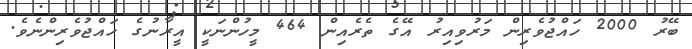
ބޭރު 2000 ހައްޖުވެރިން މަރުވިއިރު އޭގެ ތެރެއިން 464 މީހުންނަކީ އީރާނުގެ ހައްޖުވެރިންނެވެ.